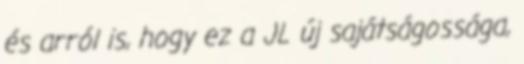
és arról is, hogy ez a JL új sajátságossága,